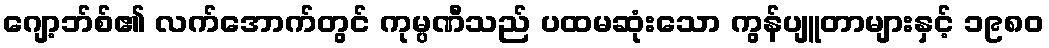
ဂျော့ဘ်စ်၏ လက်အောက်တွင် ကုမ္ပဏီသည် ပထမဆုံးသော ကွန်ပျူတာများနှင့် ၁၉၈၀